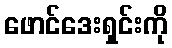
ဖောင်ဒေးရှင်းကို